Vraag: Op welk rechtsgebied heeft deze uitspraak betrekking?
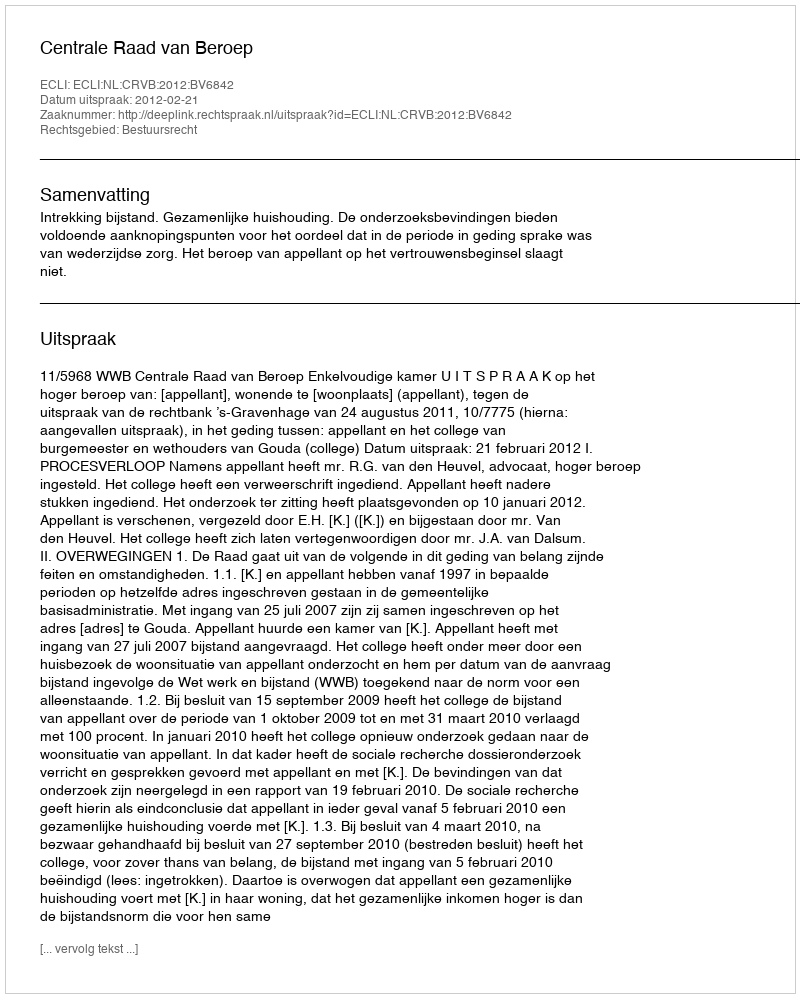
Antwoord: Bestuursrecht